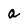
Character: a